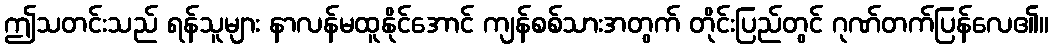
ဤသတင်းသည် ရန်သူများ နာလန်မထူနိုင်အောင် ကျန်စစ်သားအတွက် တိုင်းပြည်တွင် ဂုဏ်တက်ပြန်လေ၏။